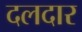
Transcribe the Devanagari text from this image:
दलदार